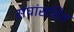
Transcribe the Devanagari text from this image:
संघांसहित